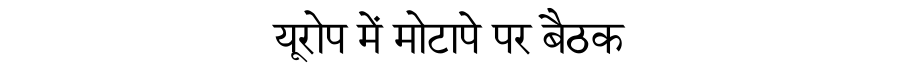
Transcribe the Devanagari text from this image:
यूरोप में मोटापे पर बैठक